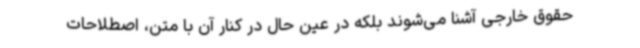
حقوق خارجی آشنا می‌شوند بلکه در عین حال در کنار آن با متن، اصطلاحات